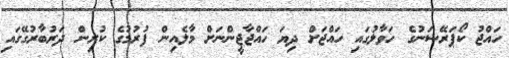
ހައްޖު ކޯޕަރޭޝަނުގެ ހަވާލުގައި ހައްޖަށް ދިޔަ ހައްޖާޖީންނަށް މާލެއިން ފުރުމުގެ ކުރިން ދަރުބާރުގޭގައި